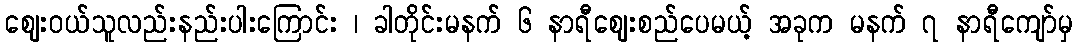
ဈေးဝယ်သူလည်းနည်းပါးကြောင်း ၊ ခါတိုင်းမနက် ၆ နာရီဈေးစည်ပေမယ့် အခုက မနက် ၇ နာရီကျော်မှ